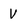
Character: v